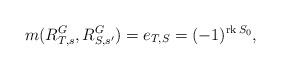
LaTeX: \begin{align*}m(R^G_{T, s}, R^G_{S, s'}) =e_{T, S}= (-1)^{{\rm rk}\, S_0},\end{align*}